Calcutta medical institutions reports 1871-78
Year: 1871
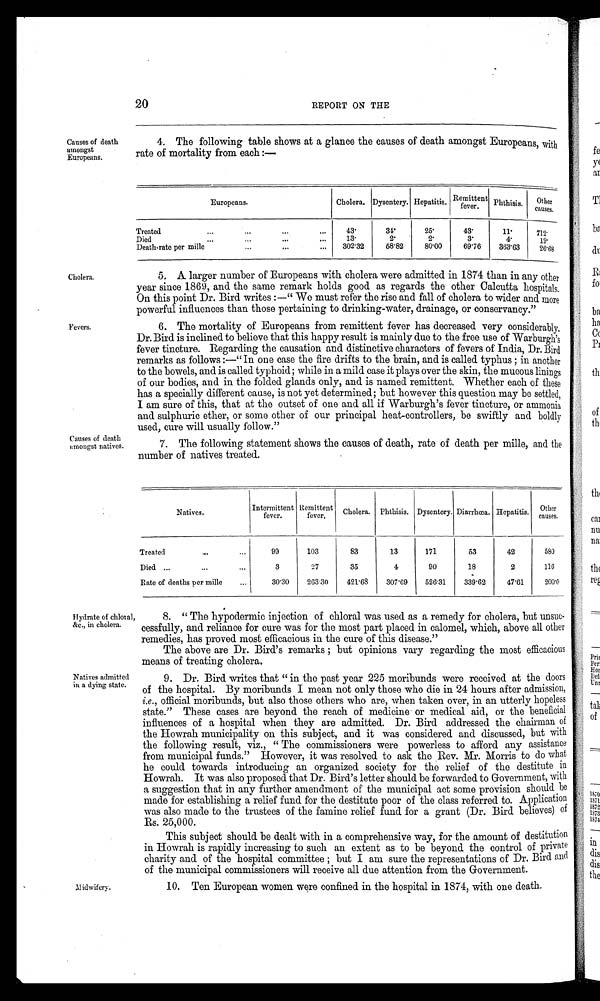
20
REPORT ON THE
Causes of death
amongst
Europeans.
4. The following table shows at a glance the causes of death amongst Europeans, with
rate of mortality from each:—
Cholera.
Fevers.
Europeans.
Cholera. Dysentery. Hepatitis.
Remittent
fe ver.
Phthisis. Other
causes.
Treated
4 3 ·
3 4 ·
2 5 ·
4 3 ·
1 1 ·
7 1 2 ·
Died
1 3 ·
2 ·
2 ·
3 ·
4 ·
1 9 ·
D e a t h - r a t e p e r m i l l e
302·32
58·82
80·00
69·76
363·63
26·68
A larger number of Europeans with cholera were admitted in 1874 than in any other
year since 1869, and the same remark holds good as regards the other Calcutta hospitals.
On this point Dr. Bird writes:—"We must refer the rise and fall of cholera to wider and more
powerful influences than those pertaining to drinking-water, drainage, or conservancy."
6. The mortality of Europeans from remittent fever has decreased very considerably.
Dr. Bird is inclined to believe that this happy result is mainly due to the free use of Warburgh's
fever tincture. Regarding the causation and distinctive characters of fevers of India, Dr. Bird
remarks as follows:—"In one case the fire drifts to the brain, and is called typhus; in another
to the bowels, and is called typhoid; while in a mild case it plays over the skin, the mucous linings
of our bodies, and in the folded glands only, and is named remittent. Whether each of these
has a specially different cause, is not yet determined; but however this question may be settled,
I am sure of this, that at the outset of one and all if Warburgh's fever tincture, or ammonia
and sulphuric ether, or some other of our principal heat-controllers, be swiftly and boldly
used, cure will usually follow."
Causes of death
amongst natives.
7. The following statement shows the causes of death, rate of death per mile, and the
number of natives treated.
Natives.
Intermittent
fever.
Remittent
fever.
Cholera. Phthisis. Dysentery. Diarrhœa. Hepatitis.
Other
causes.
Treated
99
103
83
13
171
53
42
580
Died
3
27
35
4
90
18
2
116
Rate of deaths per mille
30·30
263·30
421·68
307·69
526·31
339·62
47·61
2 0 0 · 0
Hydrate of chloral,
&c., in cholera.
Natives admitted
in a dying state.
Midwifery.
8. "The hypodermic injection of chloral was used as a remedy for cholera, but unsuc
-
cessfully, and reliance for cure was for the most part placed in calomel, which, above all other
remedies, has proved most efficacious in the cure of this disease."
The above are Dr. Bird's remarks; but opinions vary regarding the most efficacious
means of treating cholera.
9. Dr. Bird writes that "in the past year 225 moribunds were received at the doors
of the hospital. By moribunds I mean not only those who die in 24 hours after admission,
i.e ., official moribunds, but also those others who are, when taken over, in an utterly hopeless
state." These cases are beyond the reach of medicine or medical aid, or the beneficial
influences of a hospital when they are admitted. Dr. Bird addressed the chairman of
the Howrah municipality on this subject, and it was considered and discussed, but with
the following result, viz., "The commissioners were powerless to afford any assistance
from municipal funds." However, it was resolved to ask the Rev. Mr. Morris to do what
he could towards introducing an organized society for the relief of the destitute in
Howrah. It was also proposed that Dr. Bird's letter should be forwarded to Government, with
a suggestion that in any further amendment of the municipal act some provision should be
made for establishing a relief fund for the destitute poor of the class referred to. Application
was also made to the trustees of the famine relief fund for a grant (Dr. Bird believes) of
Rs. 25,000.
This subject should be dealt with in a comprehensive way, for the amount of destitution
in Howrah is rapidly increasing to such an extent as to be beyond the control of private
charity and of the hospital committee; but I am sure the representations of Dr. Bird and
of the municipal commissioners will receive all due attention from the Government.
10. Ten European women were confined in the hospital in 1874, with one death.